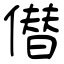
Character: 僣